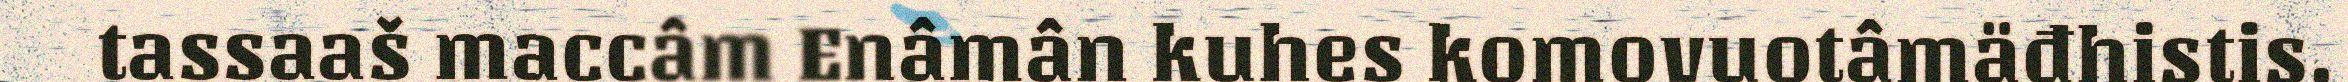
tassaaš maccâm Enâmân kuhes komovuotâmäđhistis.